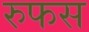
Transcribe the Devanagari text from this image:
रुफस